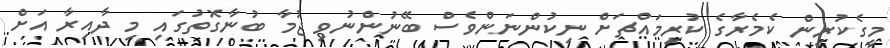
މީގެކުރިން ކެމެރާގެ ކުރިމައްޗަށް ނިކުންނަންވެސް ބޭނުންނުވި ޖުމާ ބުނާގޮތުގައި މި ދާއިރާ އަށް